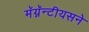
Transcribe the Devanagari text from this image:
मॅग्नॅन्टीयसने